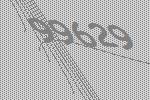
99629